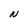
Character: N